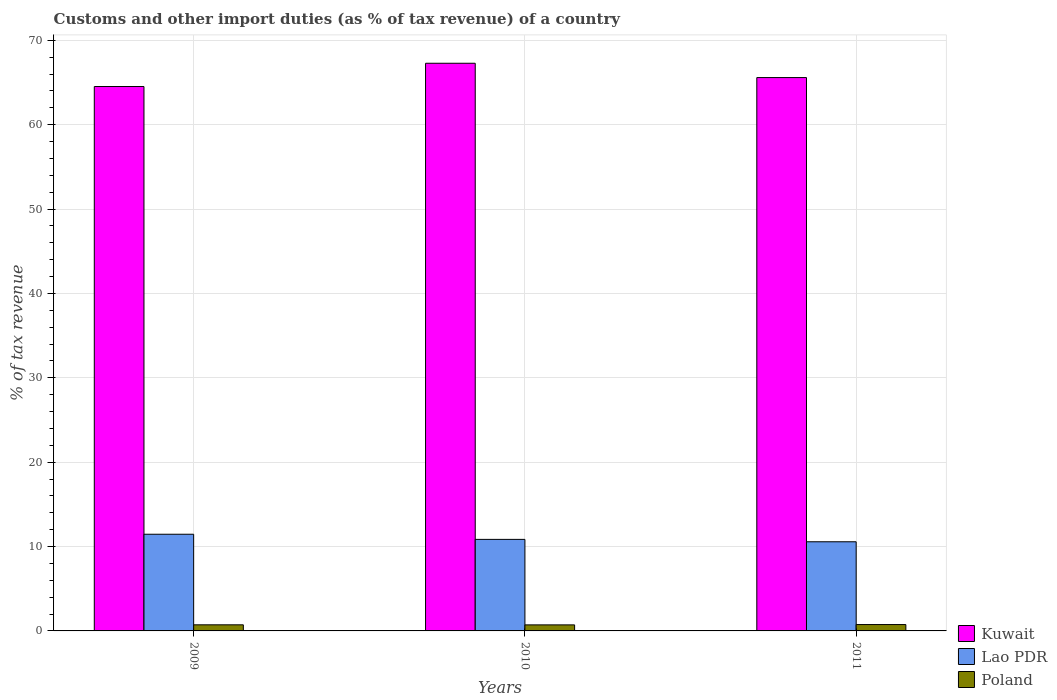
| Years | Kuwait | Lao PDR | Poland |
 | --- | --- | --- | --- |
 | 2009 | 64.5 | 11.5 | 0.724 |
 | 2010 | 67.3 | 10.8 | 0.716 |
 | 2011 | 65.6 | 10.6 | 0.754 |